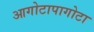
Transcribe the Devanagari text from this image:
आगोटापागोटा